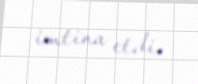
imtina etdi.